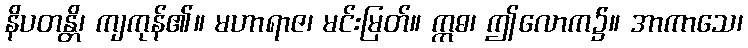
နိပတန္တိ၊ ကျကုန်၏။ မဟာရာဇ၊ မင်းမြတ်။ ဣဓ၊ ဤလောက၌။ အာကာသေ၊